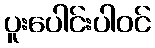
ပူးပေါင်းပါဝင်